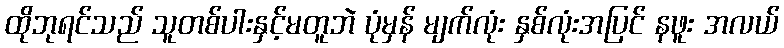
ထိုဘုရင်သည် သူတစ်ပါးနှင့်မတူဘဲ ပုံမှန် မျက်လုံး နှစ်လုံးအပြင် နဖူး အလယ်